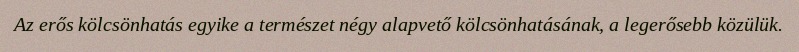
Az erős kölcsönhatás egyike a természet négy alapvető kölcsönhatásának, a legerősebb közülük.